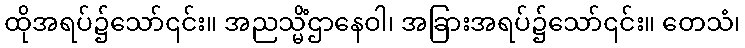
ထိုအရပ်၌သော်၎င်း။ အညသ္မိံဌာနေဝါ၊ အခြားအရပ်၌သော်၎င်း။ တေသံ၊